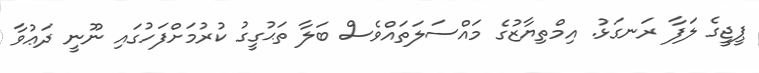
ޕީޖީގެ ލަފާ ރަނގަޅު. އިމްތިޔާޒުގެ މައްސަލަތައްވެސް ބަލާ ތަޙުގީގު ކުރުމަށްފަހުގައި ނޫނީ ދަޢުވާ